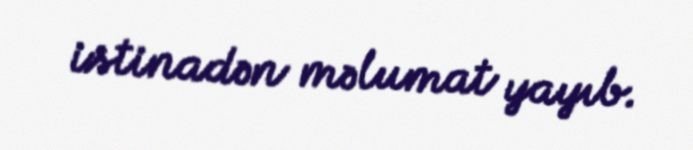
istinadən məlumat yayıb.